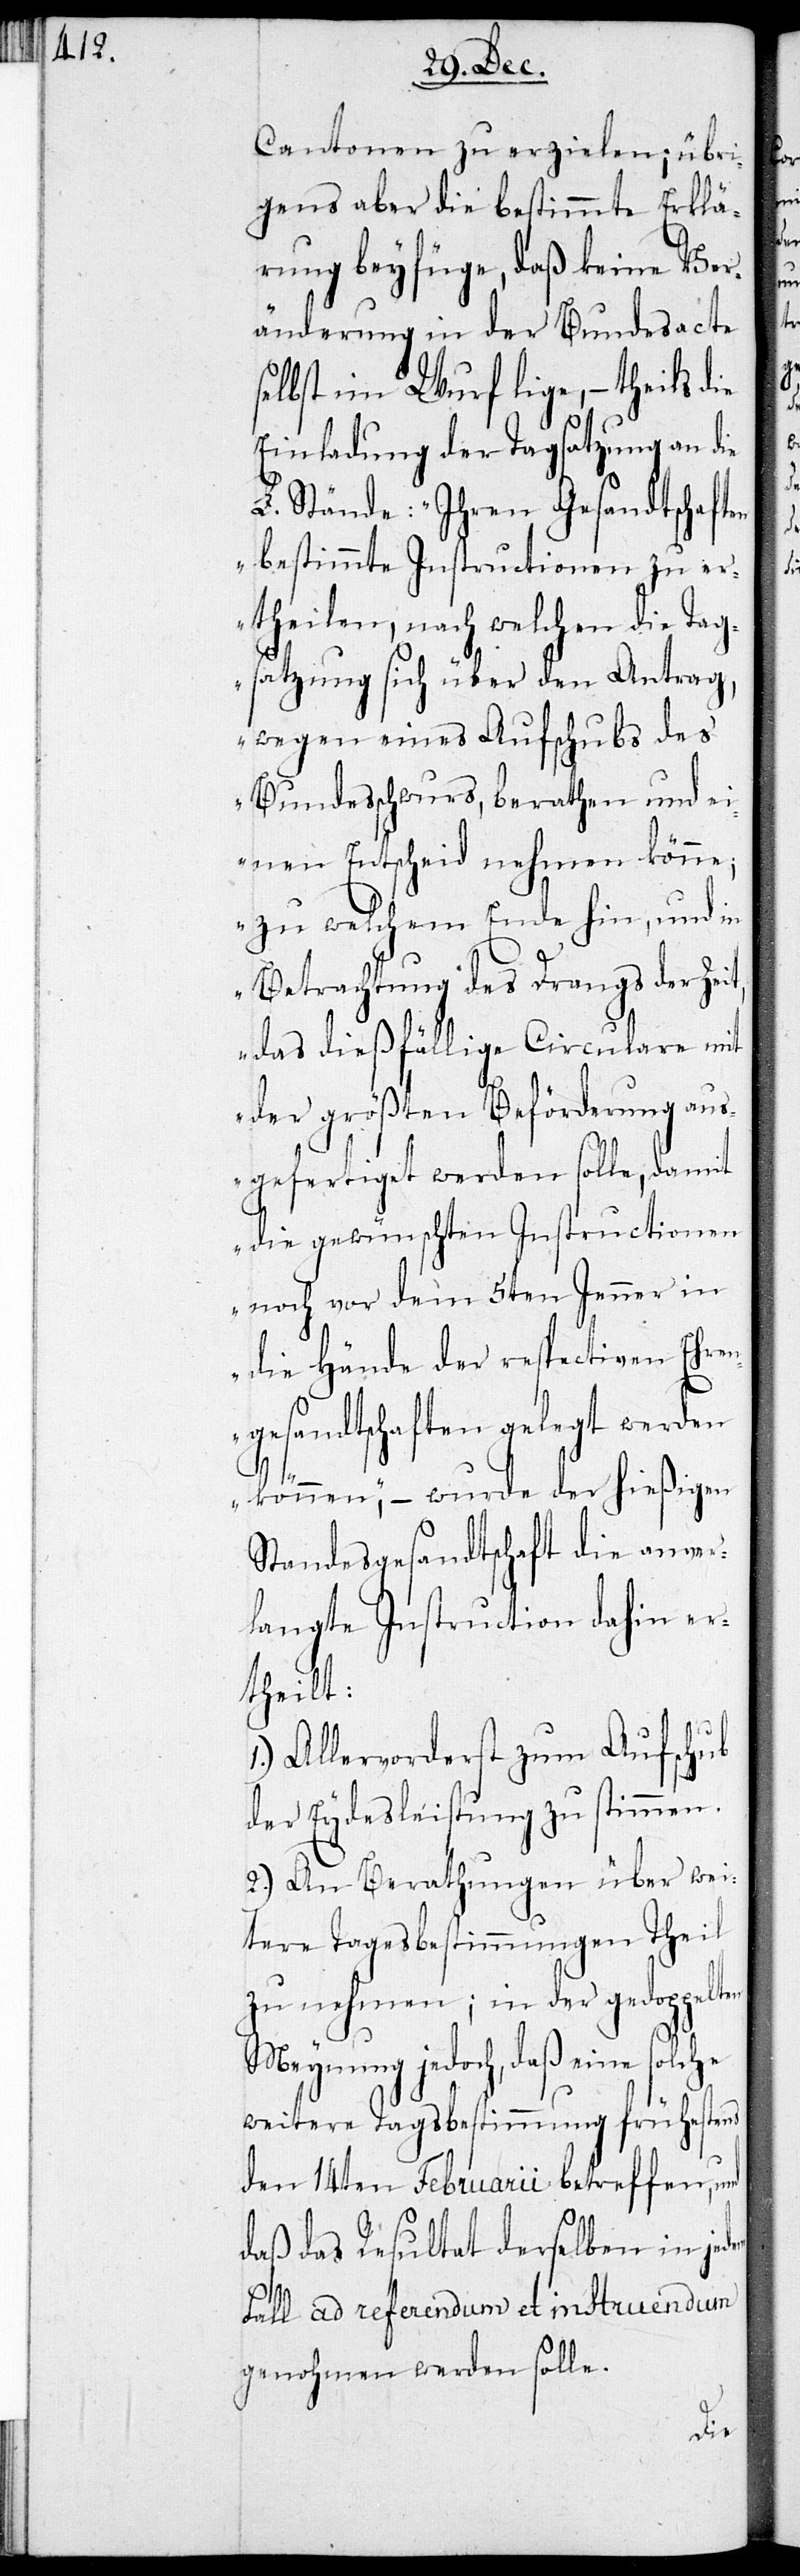
Cantonen zu erzielen; übri¬
gens aber die bestimmte Erklä¬
rung beyfüge, daß keine Ver¬
änderung in der Bundesacte
selbst im Wurf lige, theils die
Einladung der Tagsatzung an die
L. Stände: „Ihren Gesandtschaften
bestimmte Instructionen zu er¬
theilen, nach welchen die Tag¬
satzung sich über den Antrag,
wegen eines Aufschubs des
Bundesschwurs, berathen und ei¬
nen Entscheid nehmen könne;
zu welchem Ende hin, und in
Betrachtung des Drangs der Zei¬
t, das dießfällige Circulare mit
der größten Beförderung aus¬
gefertiget werden solle, damit
die gewünschten Instructionen
noch vor dem 5ten Jenner in
die Hände der respectiven Ehren¬
gesandtschaften gelegt werden
können; – wurde der hießigen
Standesgesandtschaft die anver¬
langte Instruction dahin er¬
theilt:
Allervorderst zum Aufschub
der Eydesleistung zu stimmen.
2.) An Berathungen über wei¬
tere Tagesbestimmungen Theil
zu nehmen; in der gedoppelten
Meynung jedoch, daß eine
weitere Tagesbestimmung frühestens
den 14ten Februarii betreffen, und
daß das Resultat derselben in
Fall ad referendum et instruendum
genohmen werden solle.